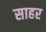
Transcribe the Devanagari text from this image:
साहर